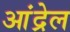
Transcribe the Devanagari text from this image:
आंद्रेल